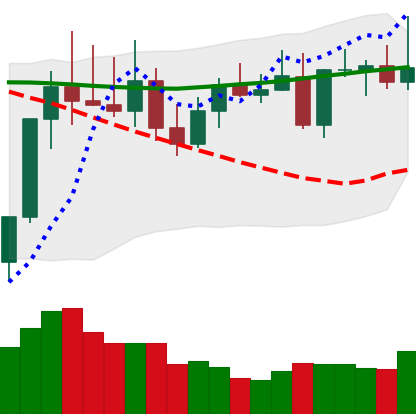
Ticker: TRX-USD
Chart end date: 2022-08-14
Forward return: -8.974%
Label: down_7plus